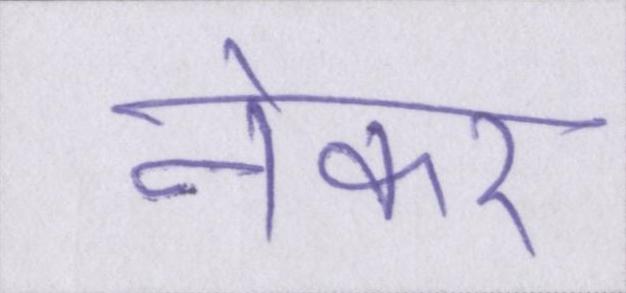
नेकर